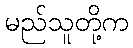
မည်သူတို့က